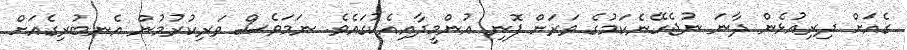
ގެއަށް ދިރިއުޅެން ދާނަ ނުޖެހޭނެކަމުގެ ވަރަށް ފޮނި އުންމީދާއިއެކުގައެވެ. ނަމަވެސް ވަރިކުރުމުން އެނބުރިގެއަށް